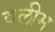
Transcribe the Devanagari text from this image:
वलीम